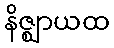
နိဇ္ဈာယထ